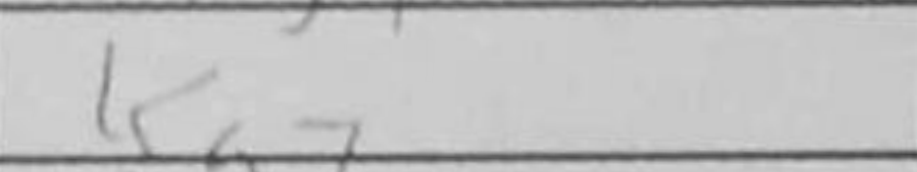
Transcription: Kg7